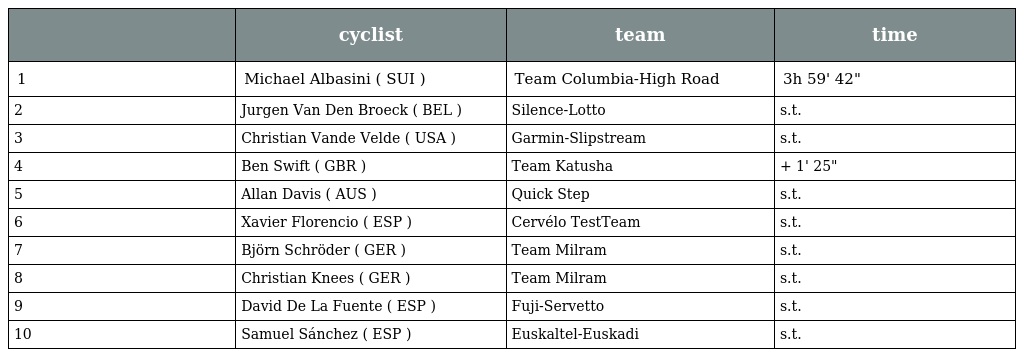
|  | cyclist | team | time |
 | --- | --- | --- | --- |
 | 1 | Michael Albasini ( SUI ) | Team Columbia-High Road | 3h 59' 42" |
 | 2 | Jurgen Van Den Broeck ( BEL ) | Silence-Lotto | s.t. |
 | 3 | Christian Vande Velde ( USA ) | Garmin-Slipstream | s.t. |
 | 4 | Ben Swift ( GBR ) | Team Katusha | + 1' 25" |
 | 5 | Allan Davis ( AUS ) | Quick Step | s.t. |
 | 6 | Xavier Florencio ( ESP ) | Cervélo TestTeam | s.t. |
 | 7 | Björn Schröder ( GER ) | Team Milram | s.t. |
 | 8 | Christian Knees ( GER ) | Team Milram | s.t. |
 | 9 | David De La Fuente ( ESP ) | Fuji-Servetto | s.t. |
 | 10 | Samuel Sánchez ( ESP ) | Euskaltel-Euskadi | s.t. |